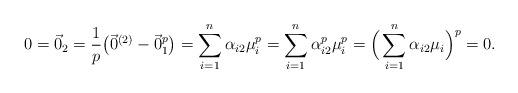
LaTeX: \begin{align*}0=\vec 0_2=\frac{1}{p}\big(\vec 0^{(2)}-\vec 0_1^p\big)=\sum_{i=1}^n\alpha_{i2}\mu_i^p=\sum_{i=1}^n\alpha_{i2}^p\mu_i^p=\Big(\sum_{i=1}^n\alpha_{i2}\mu_i\Big)^p=0.\end{align*}